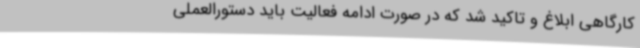
کارگاهی ابلاغ و تاکید شد که در صورت ادامه فعالیت باید دستورالعملی